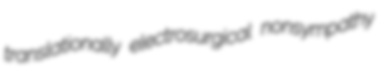
translationally electrosurgical nonsympathy